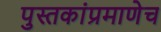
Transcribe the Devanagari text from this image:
पुस्तकांप्रमाणेच